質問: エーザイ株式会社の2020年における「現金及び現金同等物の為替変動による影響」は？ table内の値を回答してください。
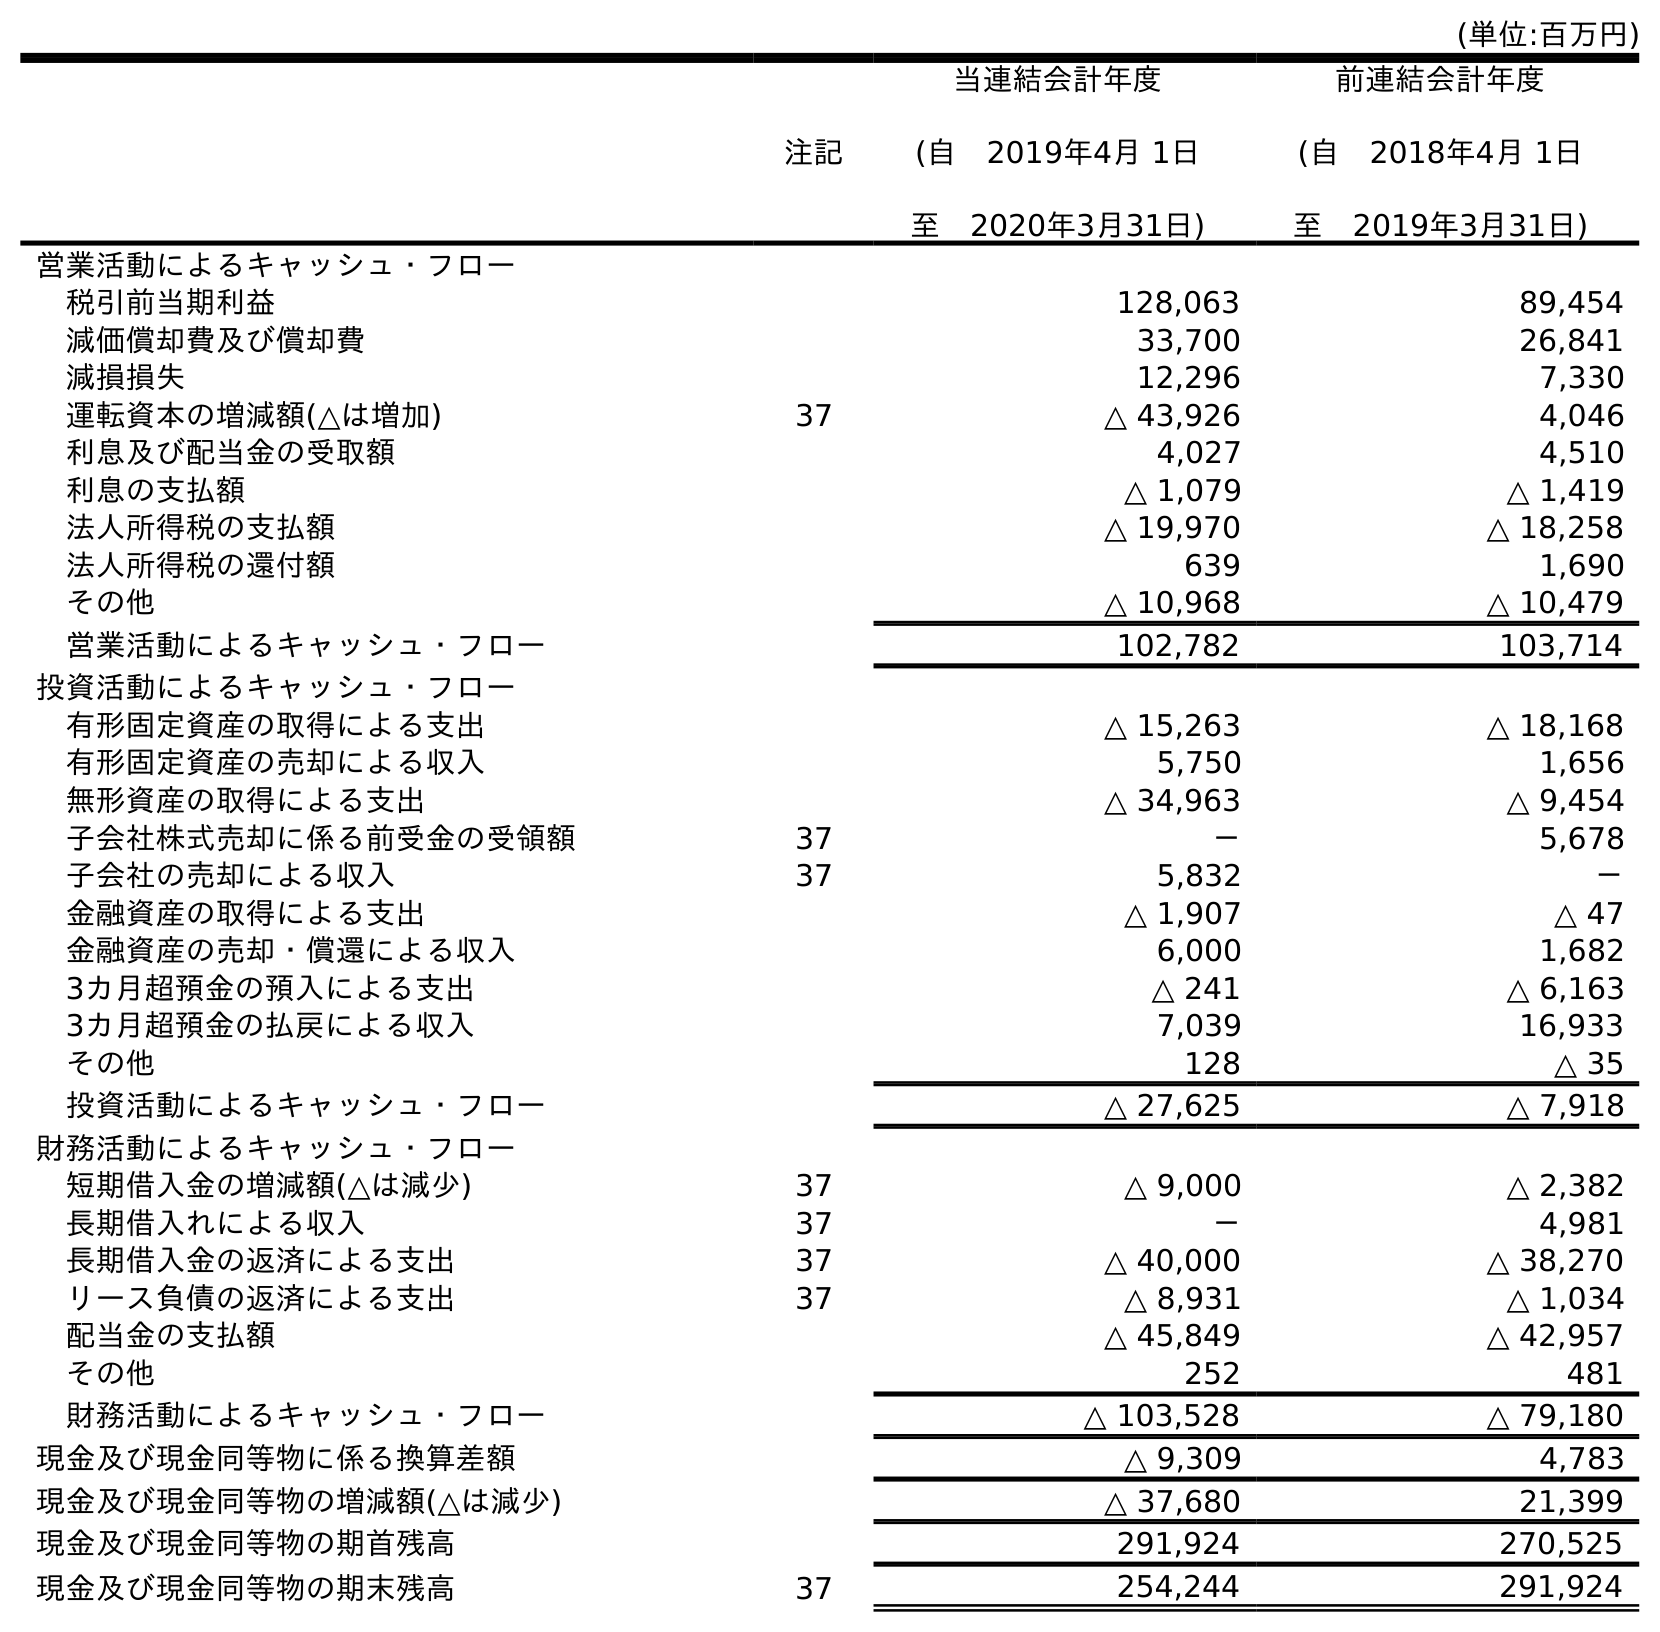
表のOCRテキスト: (単位:百万円) 注記 当連結会計年度 (自 2019年4月 1日 至 2020年3月31日) 前連結会計年度 (自 2018年4月 1日 至 2019年3月31日) 営業活動によるキャッシュ・フロー 税引前当期利益 128,063 89,454 減価償却費及び償却費 33,700 26,841 減損損失 12,296 7,330 運転資本の増減額(△は増加) 37 △ 43,926 4,046 利息及び配当金の受取額 4,027 4,510 利息の支払額 △ 1,079 △ 1,419 法人所得税の支払額 △ 19,970 △ 18,258 法人所得税の還付額 639 1,690 その他 △ 10,968 △ 10,479 営業活動によるキャッシュ・フロー 102,782 103,714 投資活動によるキャッシュ・フロー 有形固定資産の取得による支出 △ 15,263 △ 18,168 有形固定資産の売却による収入 5,750 1,656 無形資産の取得による支出 △ 34,963 △ 9,454 子会社株式売却に係る前受金の受領額 37 － 5,678 子会社の売却による収入 37 5,832 － 金融資産の取得による支出 △ 1,907 △ 47 金融資産の売却・償還による収入 6,000 1,682 3カ月超預金の預入による支出 △ 241 △ 6,163 3カ月超預金の払戻による収入 7,039 16,933 その他 128 △ 35 投資活動によるキャッシュ・フロー △ 27,625 △ 7,918 財務活動によるキャッシュ・フロー 短期借入金の増減額(△は減少) 37 △ 9,000 △ 2,382 長期借入れによる収入 37 － 4,981 長期借入金の返済による支出 37 △ 40,000 △ 38,270 リース負債の返済による支出 37 △ 8,931 △ 1,034 配当金の支払額 △ 45,849 △ 42,957 その他 252 481 財務活動によるキャッシュ・フロー △ 103,528 △ 79,180 現金及び現金同等物に係る換算差額 △ 9,309 4,783 現金及び現金同等物の増減額(△は減少) △ 37,680 21,399 現金及び現金同等物の期首残高 291,924 270,525 現金及び現金同等物の期末残高 37 254,244 291,924
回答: △9,309